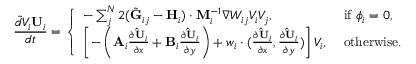
\frac { \tilde { d } V _ { i } \mathbf { U } _ { i } } { d t } = \left\{ \begin{array} { l l } { - \sum _ { j } ^ { N } 2 ( \tilde { \mathbf { G } } _ { i j } - \mathbf { H } _ { i } ) \cdot \mathbf { M } _ { i } ^ { - 1 } \nabla W _ { i j } V _ { i } V _ { j } , } & { \mathrm { ~ i f ~ } \phi _ { i } = 0 , } \\ { \left[ - \left( \mathbf { A } _ { i } \frac { \partial { \mathbf { \hat { U } } _ { i } } } { \partial x } + \mathbf { B } _ { i } \frac { \partial { \mathbf { \hat { U } } _ { i } } } { \partial y } \right) + \boldsymbol { w } _ { i } \cdot ( \frac { \partial { \mathbf { \hat { U } } _ { i } } } { \partial x } , \frac { \partial { \mathbf { \hat { U } } _ { i } } } { \partial y } ) \right] V _ { i } , } & { \mathrm { ~ o t h e r w i s e . } } \end{array} \right.